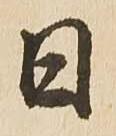
日